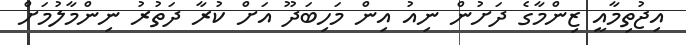
އިޖުތިމާއީ ޒިންމާގެ ދަށުން ނިއު އިން މަހިބަދޫ އަށް ކުރާ ދަތުރު ނިންމާލުމަށް